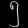
Digit: ၅